Civil Veterinary Department ledger series I-VI
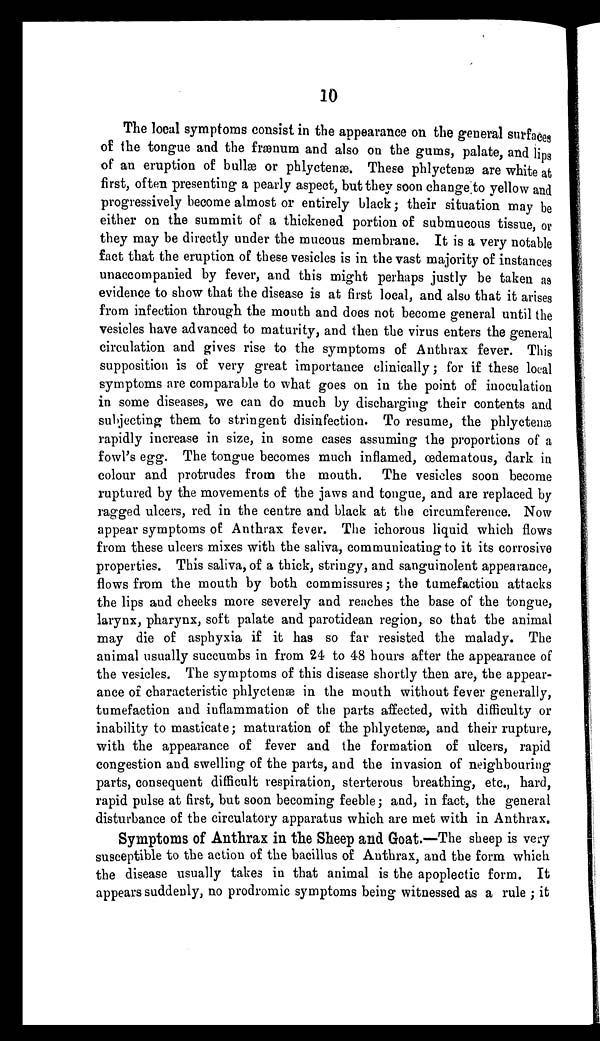
10
The local symptoms consist in the appearance on the general surfaces
of the tongue and the frænum and also on the gums, palate, and lips
of an eruption of bullæ or phlyctenæ. These phlyctenæ are white at
first, often presenting a pearly aspect, but they soon change to yellow and
progressively become almost or entirely black; their situation may be
either on the summit of a thickened portion of submucous tissue, or
they may be directly under the mucous membrane. It is a very notable
fact that the eruption of these vesicles is in the vast majority of instances
unaccompanied by fever, and this might perhaps justly be taken as
evidence to show that the disease is at first local, and also that it arises
from infection through the mouth and does not become general until the
vesicles have advanced to maturity, and then the virus enters the general
circulation and gives rise to the symptoms of Anthrax fever. This
supposition is of very great importance clinically; for if these local
symptoms are comparable to what goes on in the point of inoculation
in some diseases, we can do much by discharging their contents and
subjecting them to stringent disinfection. To resume, the phlyctenæ
rapidly increase in size, in some cases assuming the proportions of a
fowl's egg. The tongue becomes much inflamed, œdematous, dark in
colour and protrudes from the mouth. The vesicles soon become
ruptured by the movements of the jaws and tongue, and are replaced by
ragged ulcers, red in the centre and black at the circumference. Now
appear symptoms of Anthrax fever. The ichorous liquid which flows
from these ulcers mixes with the saliva, communicating to it its corrosive
properties. This saliva, of a thick, stringy, and sanguinolent appearance,
flows from the mouth by both commissures; the tumefaction attacks
the lips and cheeks more severely and reaches the base of the tongue,
larynx, pharynx, soft palate and parotidean region, so that the animal
may die of asphyxia if it has so far resisted the malady. The
animal usually succumbs in from 24 to 48 hours after the appearance of
the vesicles. The symptoms of this disease shortly then are, the appear-
ance of characteristic phlyctenæ in the mouth without fever generally,
tumefaction and inflammation of the parts affected, with difficulty or
inability to masticate; maturation of the phlyctenæ, and their rupture,
with the appearance of fever and the formation of ulcers, rapid
congestion and swelling of the parts, and the invasion of neighbouring
parts, consequent difficult respiration, sterterous breathing, etc., hard,
rapid pulse at first, but soon becoming feeble; and, in fact, the general
disturbance of the circulatory apparatus which are met with in Anthrax.
Symptoms of Anthrax in the Sheep and Goat.—The sheep is very
susceptible to the action of the bacillus of Anthrax, and the form which
the disease usually takes in that animal is the apoplectic form. It
appears suddenly, no prodromic symptoms being witnessed as a rule; it